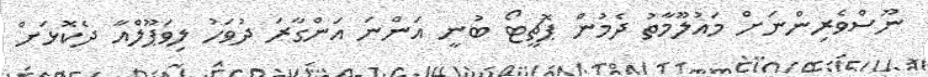
ނޫސްވެރިންނަށް މައުލޫމާތު ދެމުން ޕޮޗީޓޯ ބުނީ އަންނަ އަންގާރަ ދުވަހު ލިވަޕޫލްއާ ދެކޮޅަށް